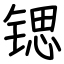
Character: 锶